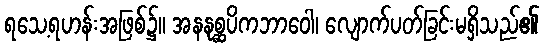
ရသေ့ရဟန်းအဖြစ်၌။ အနနုစ္ဆပိကဘာဝေါ၊ လျောက်ပတ်ခြင်းမရှိသည်၏